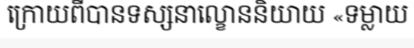
ក្រោយពីបានទស្សនាល្ខោននិយាយ «ទម្លាយ